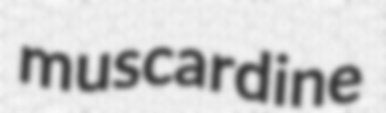
muscardine